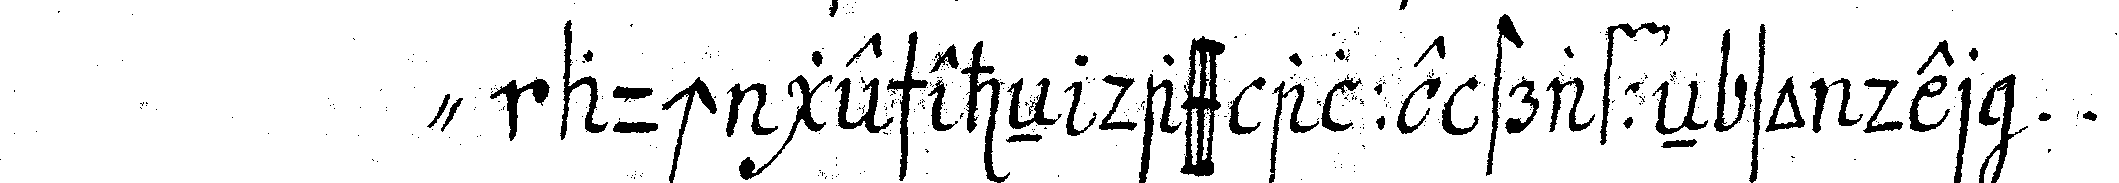
" auch gescheheN dass alle straffeN so der ...